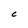
Character: C